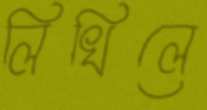
লিখিলে